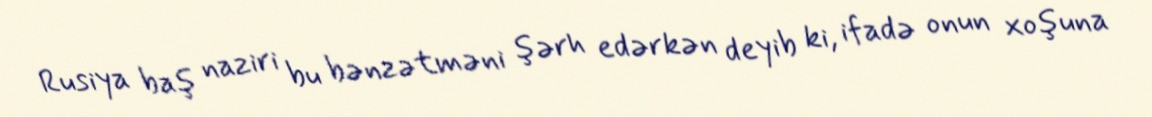
Rusiya baş naziri bu bənzətməni şərh edərkən deyib ki, ifadə onun xoşuna